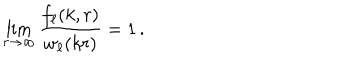
\lim _ { r \to \infty } \frac { f _ { \ell } ( k , r ) } { w _ { \ell } ( k r ) } = 1 \, .